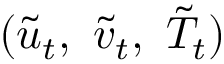
( \tilde { u } _ { t } , \ \tilde { v } _ { t } , \ \tilde { T } _ { t } )